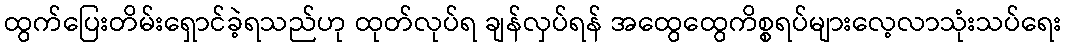
ထွက်ပြေးတိမ်းရှောင်ခဲ့ရသည်ဟု ထုတ်လုပ်ရ ချန်လှပ်ရန် အထွေထွေကိစ္စရပ်များလေ့လာသုံးသပ်ရေး